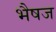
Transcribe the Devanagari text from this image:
भैषज